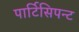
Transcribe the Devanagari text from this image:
पार्टिसिपन्ट